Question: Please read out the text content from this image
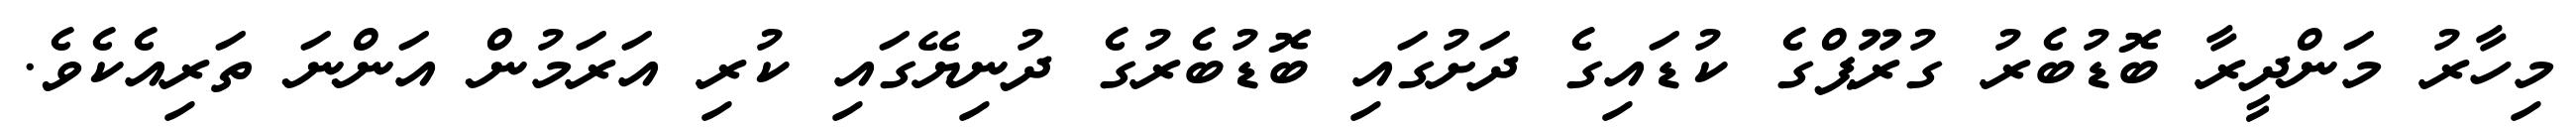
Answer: މިހާރު މަންދީރާ ބޮޑުބެރު ގުރޫޕްގެ ކުޑައިގެ ދަށުގައި ބޮޑުބެރުގެ ދުނިޔޭގައި ކުރި އަރަމުން އަންނަ ތަރިއެކެވެ.